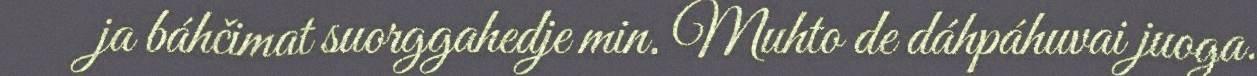
ja báhčimat suorggahedje min. Muhto de dáhpáhuvai juoga.